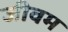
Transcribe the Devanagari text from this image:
जीवम